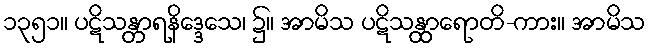
၁၃၅၁။ ပဋိသန္တာရနိဒ္ဒေသေ၊ ၌။ အာမိသ ပဋိသန္ထာရောတိ-ကား။ အာမိသ